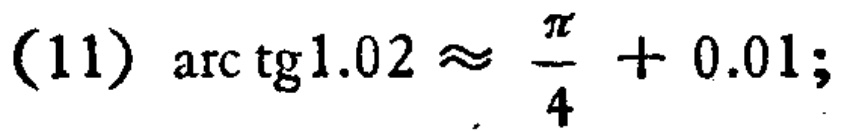
(11) $\arctan1.02 \approx \frac{\pi}{4} + 0.01$;